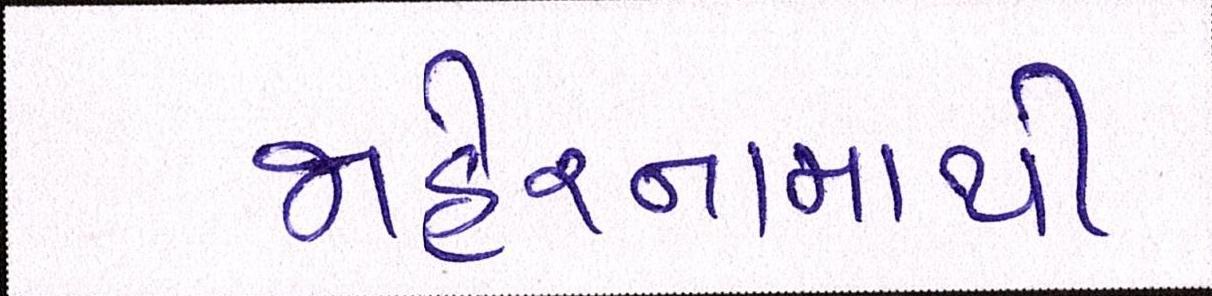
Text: જાહેરનામાથી